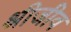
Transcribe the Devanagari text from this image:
श्रीजीव